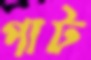
পাট